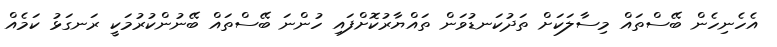
އެހެނިހެން ބޭސްތައް މިސާލަކަށް ތަދުކަނޑުވަން ތައްޔާރުކޮށްފައި ހުންނަ ބޭސްތައް ބޭނުންކުރުމަކީ ރަނގަޅު ކަމެއް